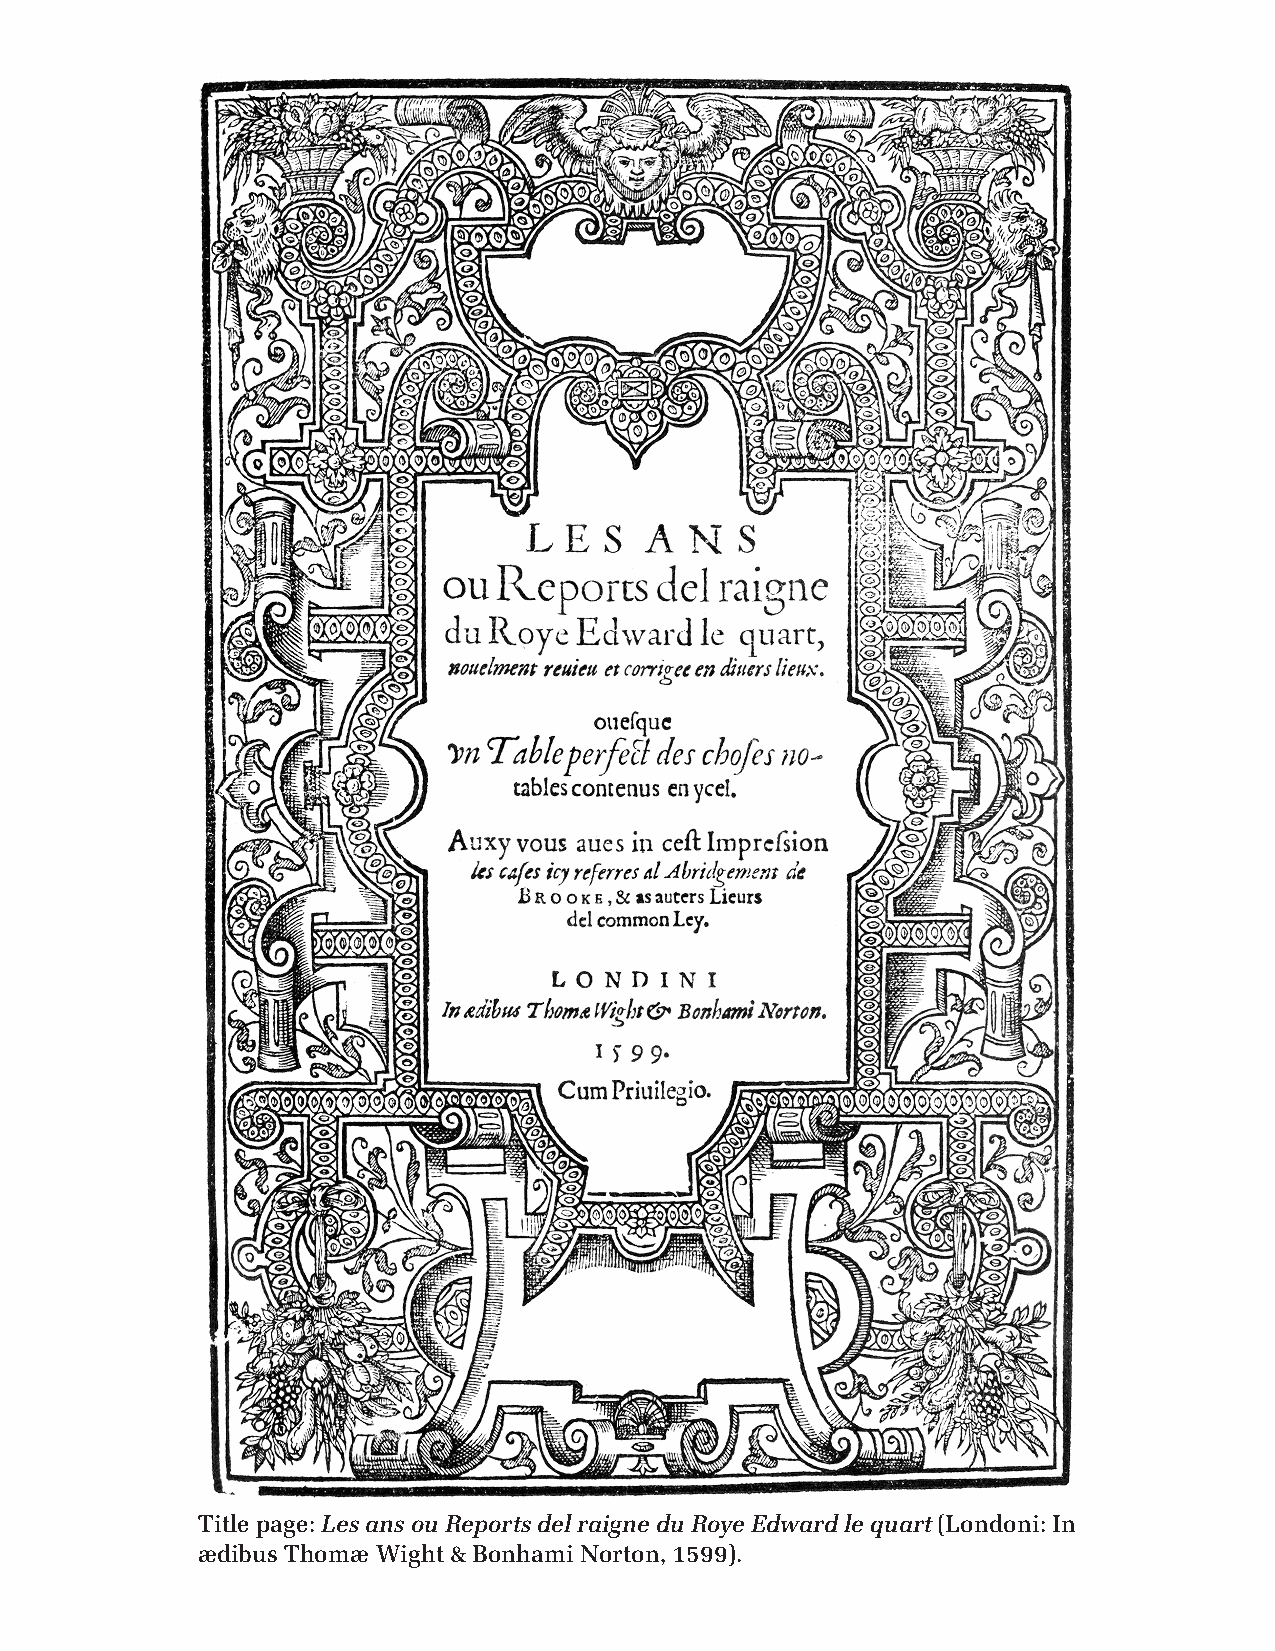
Title page: Les ans ou Reports del raigne du Roye Edward le quart (Londoni: In
 ædibus Thomæ Wight & Bonhami Norton, 1599).